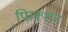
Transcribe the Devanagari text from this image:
फि़क्शन